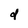
Character: d